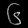
Digit: ၆